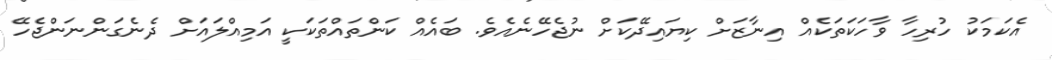
އެކަމަކު ހުރިހާ ވާހަކަތަކެއް އިނާޒަށް ކިޔައިދޭކަށް ނުޖެހޭނެއެވެ. ބައެއް ކަންތައްތަކަކީ އަމިއްލައަށް ދެނެގަންނަންޖެހޭ